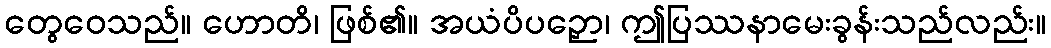
တွေဝေသည်။ ဟောတိ၊ ဖြစ်၏။ အယံပိပဉှော၊ ဤပြဿနာမေးခွန်းသည်လည်း။